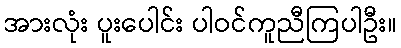
အားလုံး ပူးပေါင်း ပါဝင်ကူညီကြပါဦး။